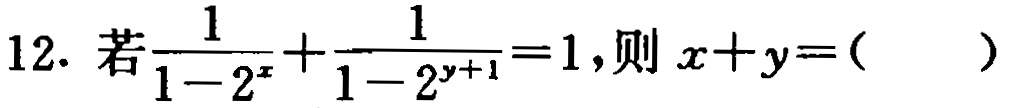
12. 若$\frac{1}{1 - 2^{x}}+\frac{1}{1 - 2^{y + 1}} = 1$，则$x + y = ($  )